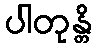
ပါတုန္တိ